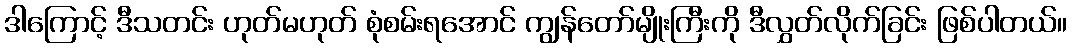
ဒါကြောင့် ဒီသတင်း ဟုတ်မဟုတ် စုံစမ်းရအောင် ကျွန်တော်မျိုးကြီးကို ဒီလွှတ်လိုက်ခြင်း ဖြစ်ပါတယ်။